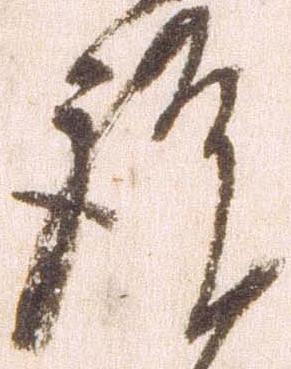
謹